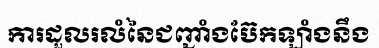
ការដួលរលំនៃជញ្ជាំងប៊ែកឡាំងនឹង